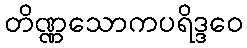
တိဏ္ဏသောကပရိဒ္ဒဝေ